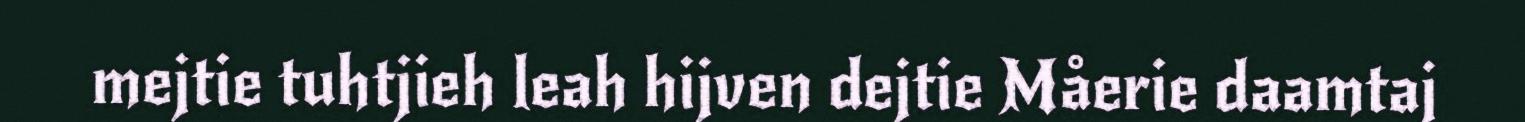
mejtie tuhtjieh leah hijven dejtie Måerie daamtaj